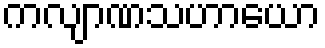
ကလျာဏသဟာယော